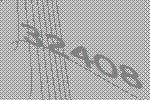
32408